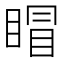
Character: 𥈆